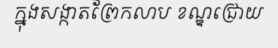
ក្នុងសង្កាតព្រែកលាប ខណ្ឌជ្រោយ